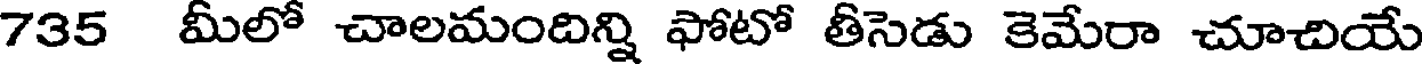
735 మీలో చాలమందిన్ని ఫోటో తీసెడు కెమేరా చూచియే